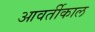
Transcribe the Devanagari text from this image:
आवर्तीकाल